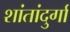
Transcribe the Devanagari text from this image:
शांतांदुर्गा